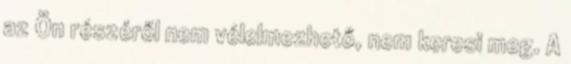
az Ön részéről nem vélelmezhető, nem keresi meg. A